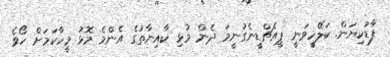
ފާޑުކިޔަން. ކަލޭހީވަނީ ޕީއެޗްޑީނެގުނީމަ ދެން މުޅި ކާއިނާތުގެ އެންމެ މޮޅު މީހާކަމަށް ހޯވެ